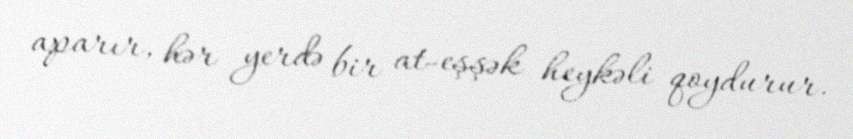
aparır, hər yerdə bir at-eşşək heykəli qoydurur.